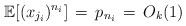
LaTeX: \begin{align*} \mathbb{E}[(x_{j_i})^{n_i}] \,=\, p_{n_i} \,=\, O_k(1) \end{align*}